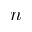
n